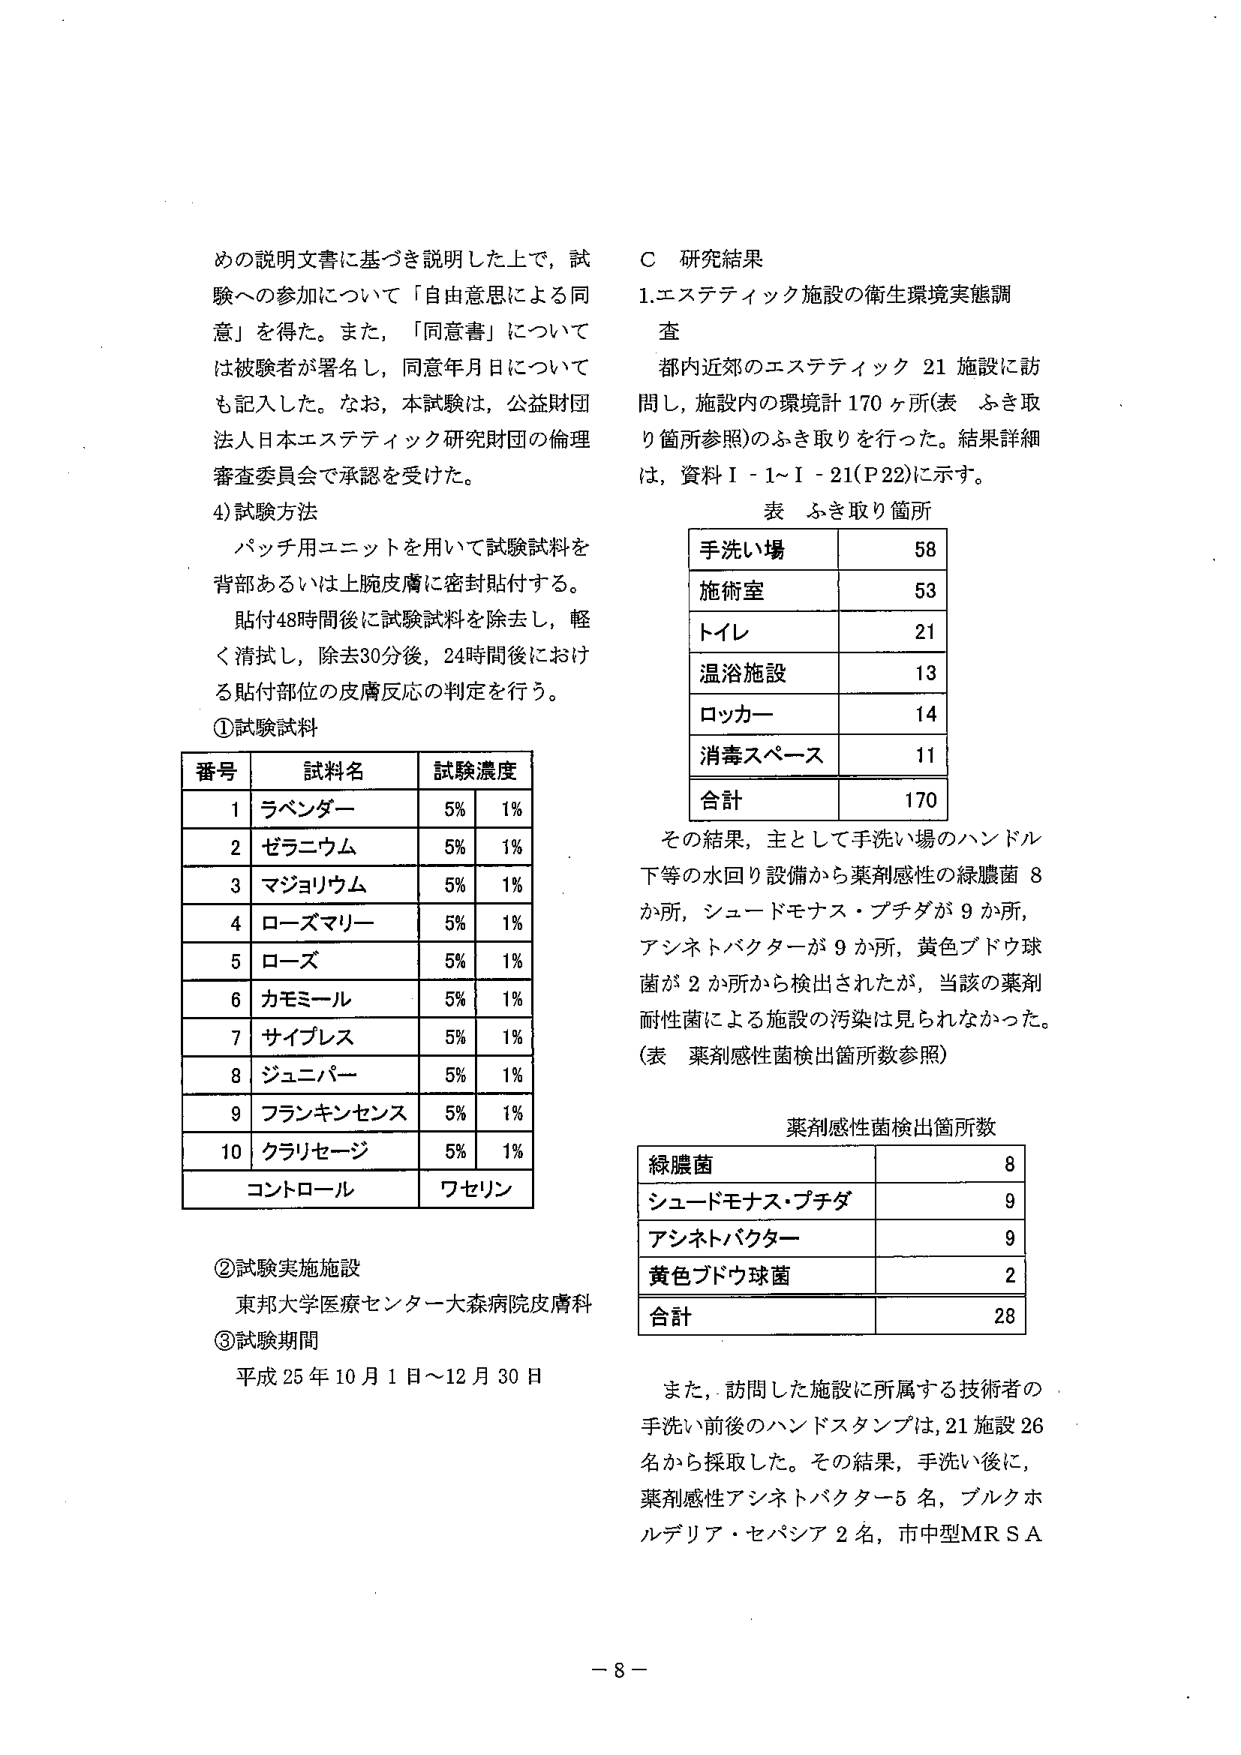
めの説明文書に基づき説明した上で，試験への参加について「自由意思による同意」を得た。また，「同意書」については被験者が署名し，同意年月日についても記入した。なお，本試験は，公益財団法人日本エステティック研究財団の倫理審査委員会で承認を受けた。

4) 試験方法
パッチ用ユニットを用いて試験試料を背部あるいは上腕皮膚に密封貼付する。
貼付48時間後に試験試料を除去し，軽く清拭し，除去30分後，24時間後における貼付部位の皮膚反応の判定を行う。

① 試験試料
| 番号 | 試料名       | 試験濃度 |
|------|--------------|----------|
| 1    | ラベンダー   | 5%       | 1%     |
| 2    | ゼラニウム   | 5%       | 1%     |
| 3    | マジョリウム | 5%       | 1%     |
| 4    | ローズマリー | 5%       | 1%     |
| 5    | ローズ       | 5%       | 1%     |
| 6    | カモミール   | 5%       | 1%     |
| 7    | サイプレス   | 5%       | 1%     |
| 8    | ジュニパー   | 5%       | 1%     |
| 9    | フランキンセンス | 5%   | 1%     |
| 10   | クラリセージ | 5%       | 1%     |
|      | コントロール | ワセリン |          |

② 試験実施施設
東邦大学医療センター大森病院皮膚科

③ 試験期間
平成25年10月1日～12月30日

C 研究結果
1. エステティック施設の衛生環境実態調査
都内近郊のエステティック21施設に訪問し，施設内の環境計170ヶ所（表 ふき取り箇所参照）のふき取りを行った。結果詳細は，資料I-1～I-21（P22）に示す。

表 ふき取り箇所
| 手洗い場 | 58 |
|----------|----|
| 施術室   | 53 |
| トイレ   | 21 |
| 温浴施設 | 13 |
| ロッカー | 14 |
| 消毒スペース | 11 |
| 合計     | 170 |

その結果，主として手洗い場のハンドル下等の水回り設備から薬剤感性の緑膿菌8か所，シュードモナス・プチダが9か所，アシネトバクターが9か所，黄色ブドウ球菌が2か所から検出されたが，当該の薬剤耐性菌による施設の汚染は見られなかった。
（表 薬剤感性菌検出箇所数参照）

表 薬剤感性菌検出箇所数
| 緑膿菌         | 8 |
|----------------|---|
| シュードモナス・プチダ | 9 |
| アシネトバクター | 9 |
| 黄色ブドウ球菌 | 2 |
| 合計           | 28 |

また，訪問した施設に所属する技術者の手洗い前後のハンドスタンプは，21施設26名から採取した。その結果，手洗い後に，薬剤感性アシネトバクター5名，ブルクホルデリア・セパシア2名，市中型MRSA

－8－